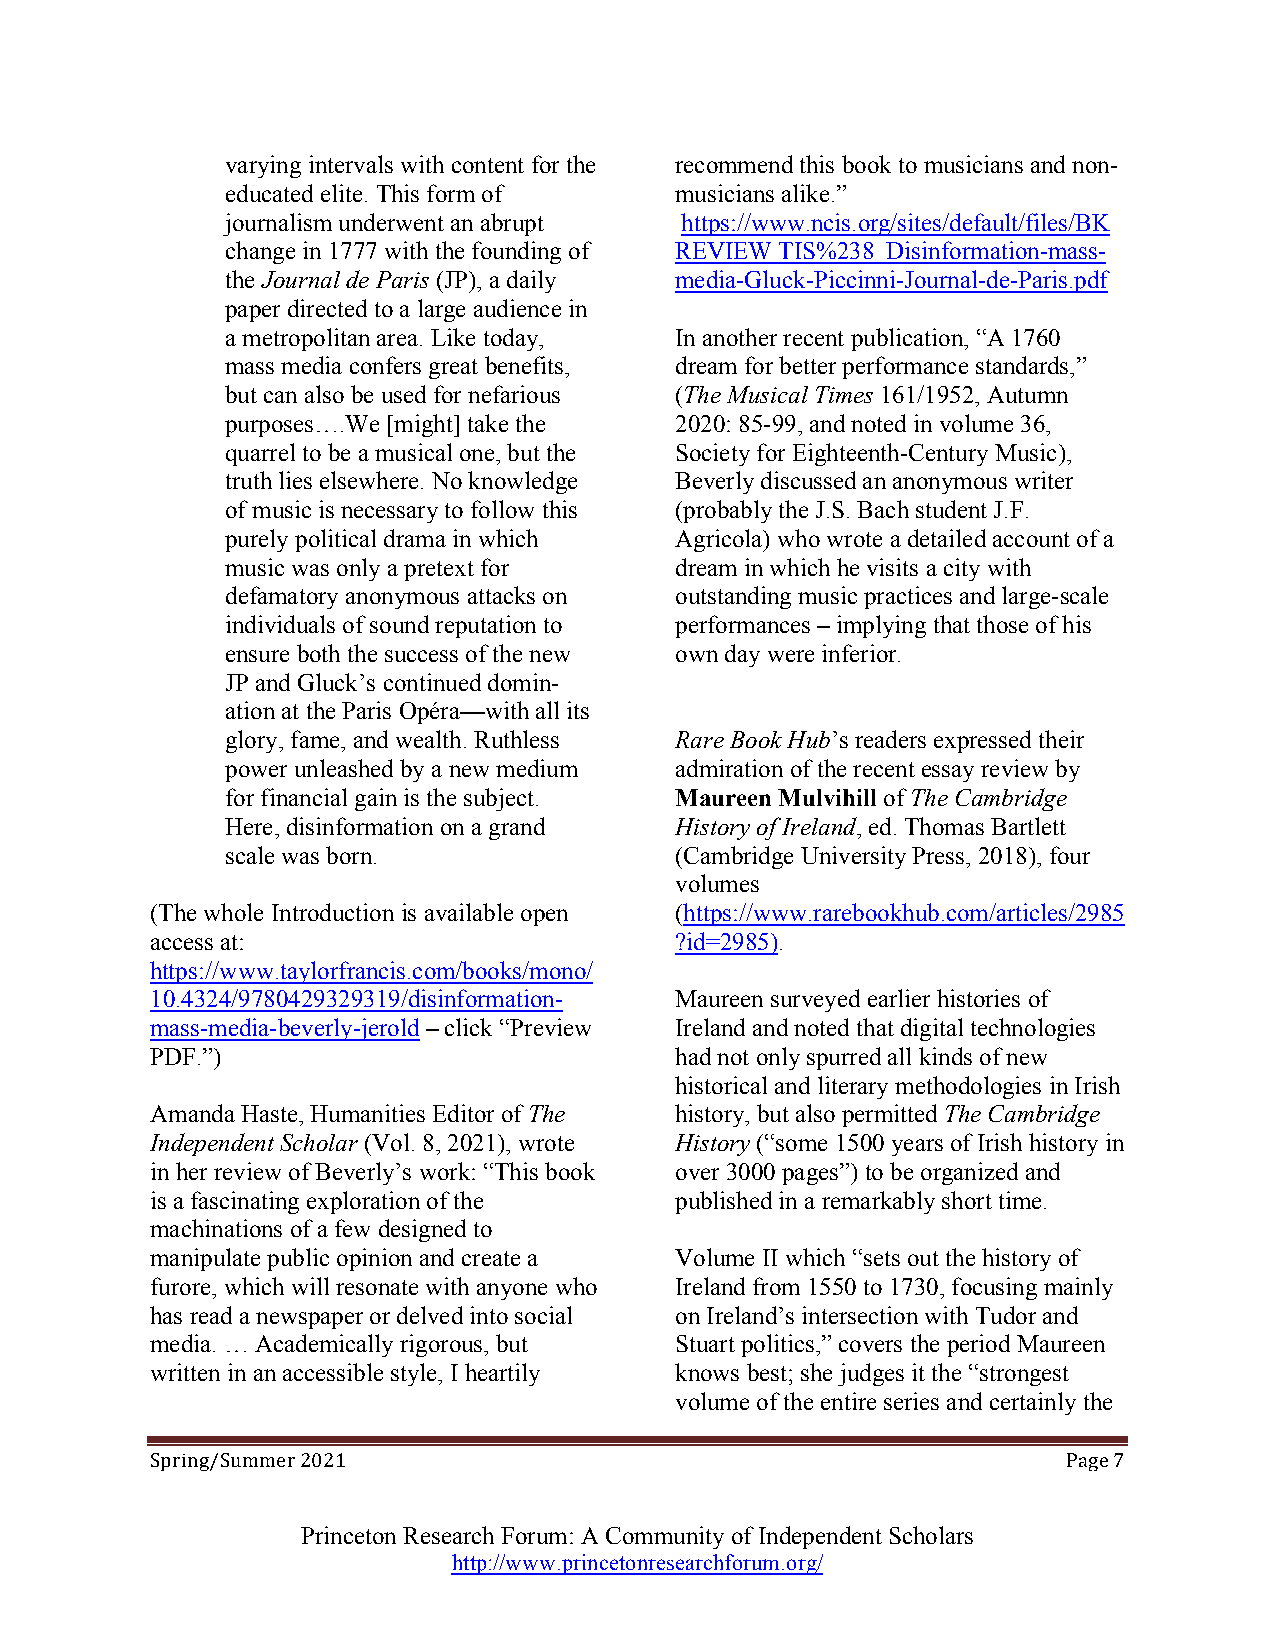
varying intervals with content for the recommend this book to musicians and non-
 educated elite. This form of  musicians alike.”
 journalism underwent an abrupt https://www.ncis.org/sites/default/files/BK
 change in 1777 with the founding of REVIEW TIS%238_Disinformation-mass-
 the Journal de Paris (JP), a daily media-Gluck-Piccinni-Journal-de-Paris.pdf
 paper directed to a large audience in
 a metropolitan area. Like today, In another recent publication, “A 1760
 mass media confers great benefits, dream for better performance standards,”
 but can also be used for nefarious (The Musical Times 161/1952, Autumn
 purposes….We [might] take the 2020: 85-99, and noted in volume 36,
 quarrel to be a musical one, but the Society for Eighteenth-Century Music),
 truth lies elsewhere. No knowledge Beverly discussed an anonymous writer
 of music is necessary to follow this (probably the J.S. Bach student J.F.
 purely political drama in which Agricola) who wrote a detailed account of a
 music was only a pretext for  dream in which he visits a city with
 defamatory anonymous attacks on outstanding music practices and large-scale
 individuals of sound reputation to performances – implying that those of his
 ensure both the success of the new own day were inferior.
 JP and Gluck’s continued domin-
 ation at the Paris Opéra—with all its
 glory, fame, and wealth. Ruthless Rare Book Hub’s readers expressed their
 power unleashed by a new medium admiration of the recent essay review by
 for financial gain is the subject. Maureen Mulvihill of The Cambridge
 Here, disinformation on a grand History of Ireland, ed. Thomas Bartlett
 scale was born.               (Cambridge University Press, 2018), four
 volumes
 (The whole Introduction is available open (https://www.rarebookhub.com/articles/2985
 access at:                         ?id=2985).
 https://www.taylorfrancis.com/books/mono/
 10.4324/9780429329319/disinformation- Maureen surveyed earlier histories of
 mass-media-beverly-jerold – click “Preview Ireland and noted that digital technologies
 PDF.”)                             had not only spurred all kinds of new
 historical and literary methodologies in Irish
 Amanda Haste, Humanities Editor of The history, but also permitted The Cambridge
 Independent Scholar (Vol. 8, 2021), wrote History (“some 1500 years of Irish history in
 in her review of Beverly’s work: “This book over 3000 pages”) to be organized and
 is a fascinating exploration of the published in a remarkably short time.
 machinations of a few designed to
 manipulate public opinion and create a Volume II which “sets out the history of
 furore, which will resonate with anyone who Ireland from 1550 to 1730, focusing mainly
 has read a newspaper or delved into social on Ireland’s intersection with Tudor and
 media. … Academically rigorous, but Stuart politics,” covers the period Maureen
 written in an accessible style, I heartily knows best; she judges it the “strongest
 volume of the entire series and certainly the
 2021                                               Page 7
 Spring/Summer
 Princeton Research Forum: A Community of Independent Scholars
 http://www.princetonresearchforum.org/